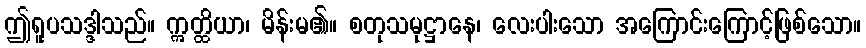
ဤရူပသဒ္ဒါသည်။ ဣတ္ထိယာ၊ မိန်းမ၏။ စတုသမုဋ္ဌာနေ၊ လေးပါးသော အကြောင်းကြောင့်ဖြစ်သော။